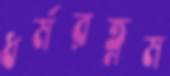
ধর্মরত্নম